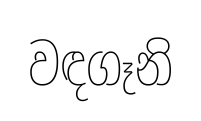
වඳගෑනි